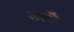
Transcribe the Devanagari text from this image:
अर्थ्रो